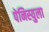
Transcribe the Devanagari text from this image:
पेनिस्युला